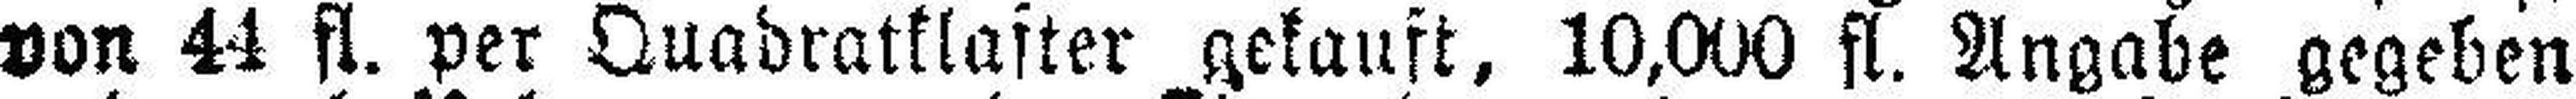
von 44 fl. per Quadratklafter gekauft, 10,000 fl. Angabe gegeben